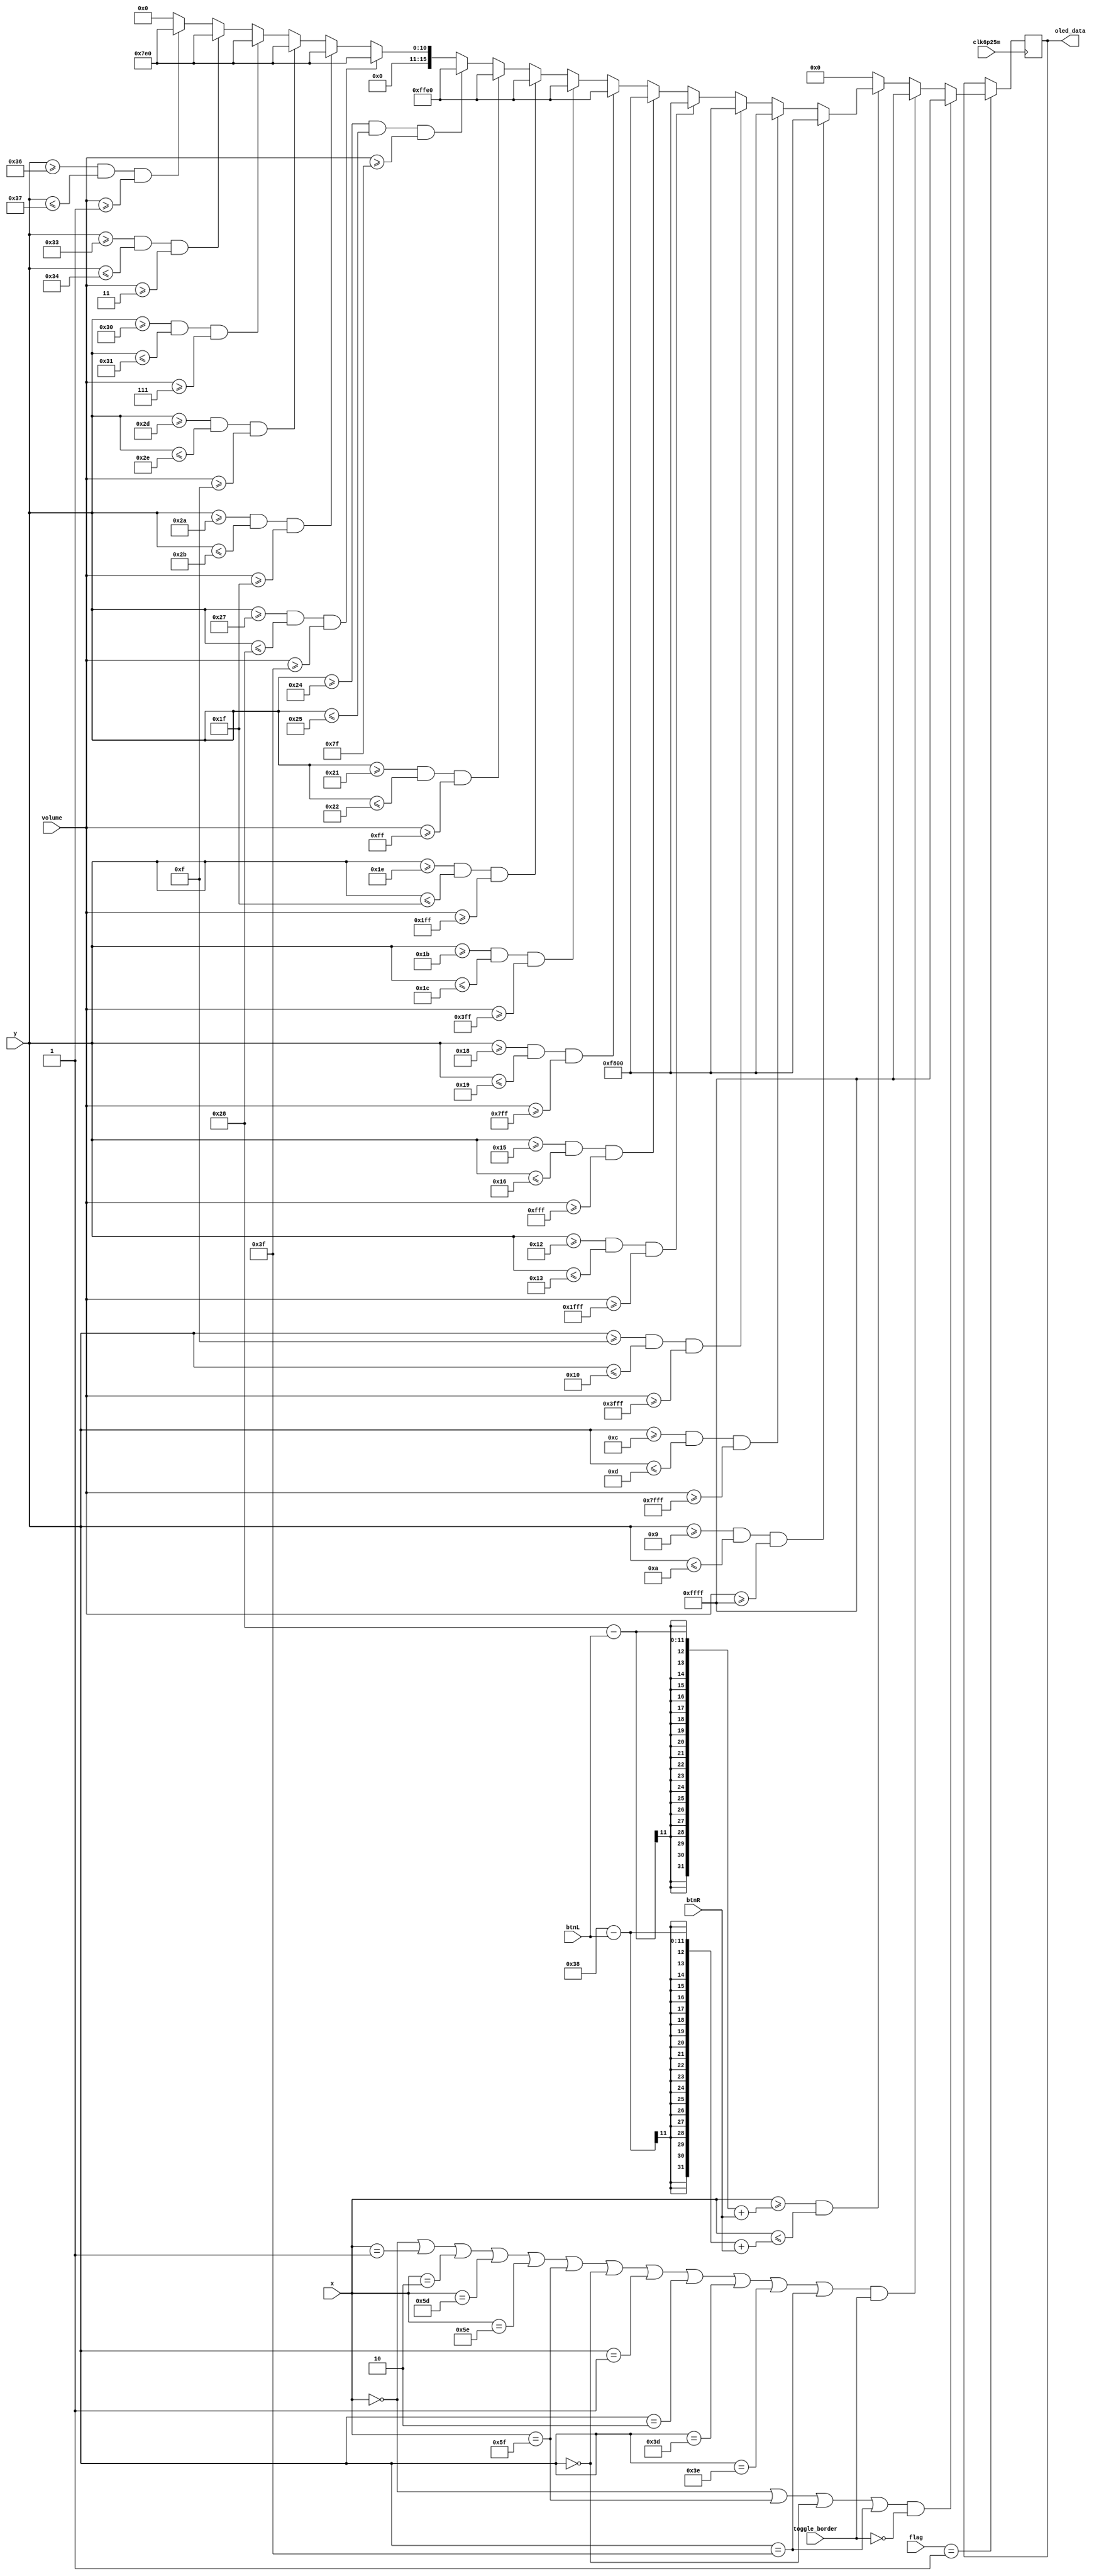
`timescale 1ns / 1ps
//////////////////////////////////////////////////////////////////////////////////
// Company: 
// Engineer: 
// 
// Design Name: 
// Module Name: display_volume
// Project Name: 
// Target Devices: 
// Tool Versions: 
// Description: 
// 
// Dependencies: 
// 
// Revision:
// Revision 0.01 - File Created
// Additional Comments:
// 
//////////////////////////////////////////////////////////////////////////////////
  

module display_volume(
    input [3:0] flag,
    input clk6p25m,
    input [6:0]x,
    input [5:0]y,
    input [10:0]btnL,
    input [10:0]btnR,
    input [15:0]volume,
    input toggle_border,
    output reg [15:0]oled_data
    );
    
    //colors, can use MUX to toggle colors according to switch
    reg [15:0] RED = 16'hF800, GREEN = 16'h07E0, YELLOW = 16'hFFE0;
    always @(posedge clk6p25m) begin
        if (flag == 4'd1) begin
        //1 bit border
        if((x == 0 || x == 95 ||  y == 0 || y == 63) && (toggle_border == 0))
            oled_data = 16'hFFFF;      
        //3 bit border
        else if((x == 0 || x == 1 || x == 2 || x == 93 || x == 94 || x == 95 || 
           y == 0 || y == 1 || y == 2 || y == 61 || y == 62 || y == 63) && (toggle_border == 1))
            oled_data = 16'hFFFF;
        
        //moving volume bar left and right       
        else if((x >= 40 - btnL + btnR) && (x <= 56 - btnL + btnR)) begin 
            //RED
            if (y >= 9 && y <= 10 && volume >= 16'b1111_1111_1111_1111)
                oled_data = RED;  
            else if (y >= 12 && y <= 13 && volume >= 16'b0111_1111_1111_1111)
                oled_data = RED;  
            else if (y >= 15 && y <= 16 && volume >= 16'b0011_1111_1111_1111)
                oled_data = RED;  
            else if (y >= 18 && y <= 19 && volume >= 16'b0001_1111_1111_1111)
                oled_data = RED;  
            else if (y >= 21 && y <= 22 && volume >= 16'b0000_1111_1111_1111)
                oled_data = RED;  
            //YELLOW
            else if (y >= 24 && y <= 25 && volume >= 16'b0000_0111_1111_1111) 
                oled_data = YELLOW;   
            else if (y >= 27 && y <= 28 && volume >= 16'b0000_0011_1111_1111)
                oled_data = YELLOW;   
            else if (y >= 30 && y <= 31 && volume >= 16'b0000_0001_1111_1111)
                oled_data = YELLOW;   
            else if (y >= 33 && y <= 34 && volume >= 16'b0000_0000_1111_1111)
                oled_data = YELLOW;   
            else if (y >= 36 && y <= 37 && volume >= 16'b0000_0000_0111_1111)
                oled_data = YELLOW;   
            //GREEN
            else if (y >= 39 && y <= 40 && volume >= 16'b0000_0000_0011_1111)  
                oled_data = GREEN; 
            else if (y >= 42 && y <= 43 && volume >= 16'b0000_0000_0001_1111)
                oled_data = GREEN;
            else if (y >= 45 && y <= 46 && volume >= 16'b0000_0000_0000_1111)
                oled_data = GREEN; 
            else if (y >= 48 && y <= 49 && volume >= 16'b0000_0000_0000_0111)
                oled_data = GREEN; 
            else if (y >= 51 && y <= 52 && volume >= 16'b0000_0000_0000_0011)
                oled_data = GREEN;     
            else if (y >= 54 && y <= 55 && volume >= 16'b0000_0000_0000_0001)    
                oled_data = GREEN;              
            else
                oled_data = 0;              
        end   
                   
        else
            oled_data = 0;
        end
    end    
endmodule